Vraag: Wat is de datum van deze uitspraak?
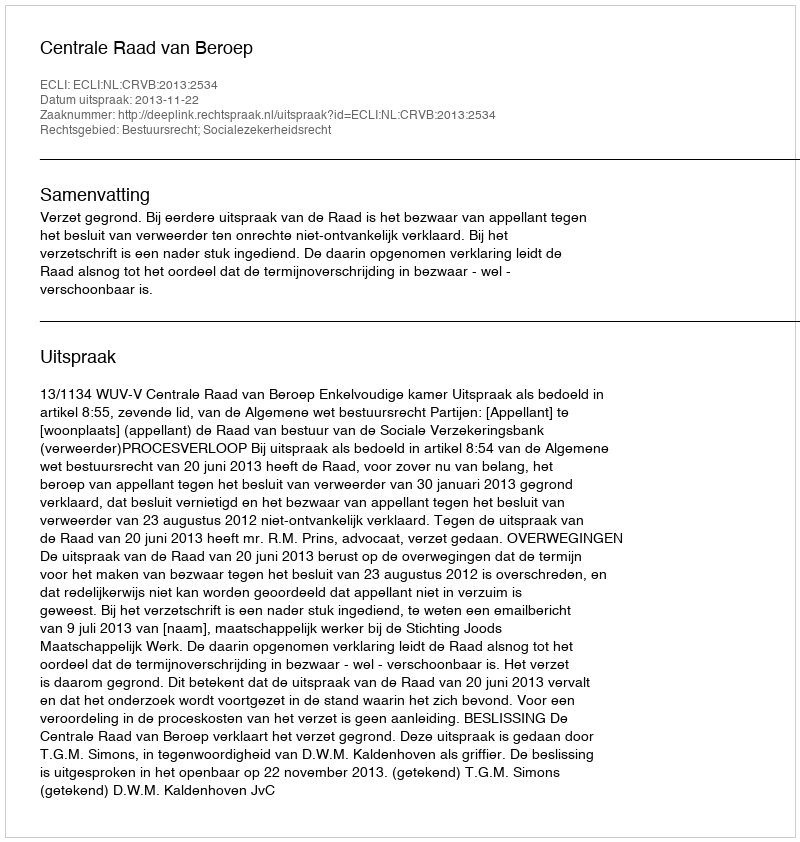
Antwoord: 2013-11-22